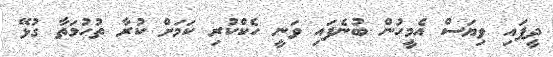
ދީފައި ވިޔަސް އެމީހުން ބުނެފައި ވަނީ ހެކްކުރި ކަމަށް ކުރާ ތުހުމަތާ ގުޅޭ